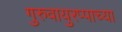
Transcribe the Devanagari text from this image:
गुरुवायुरप्पाच्या